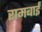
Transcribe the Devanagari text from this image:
रामबाईं